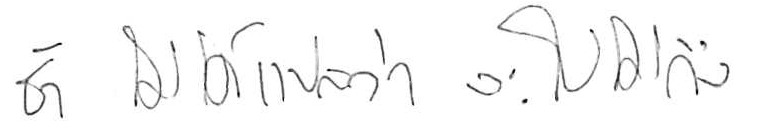
ช้า ไม่ได้แปลว่า จะไปไม่ถึง